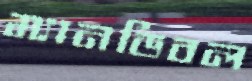
ম্যানডিবল